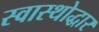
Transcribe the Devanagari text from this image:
स्वास्थोद्धार